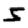
Digit: 5